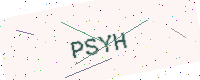
Text: PSYH